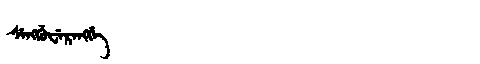
Manchu: ᠰᡝᠩᡤᡠᠸᡝᡵᡝᠩᡤᡝ
Romanization: SENGGUWERENGGE